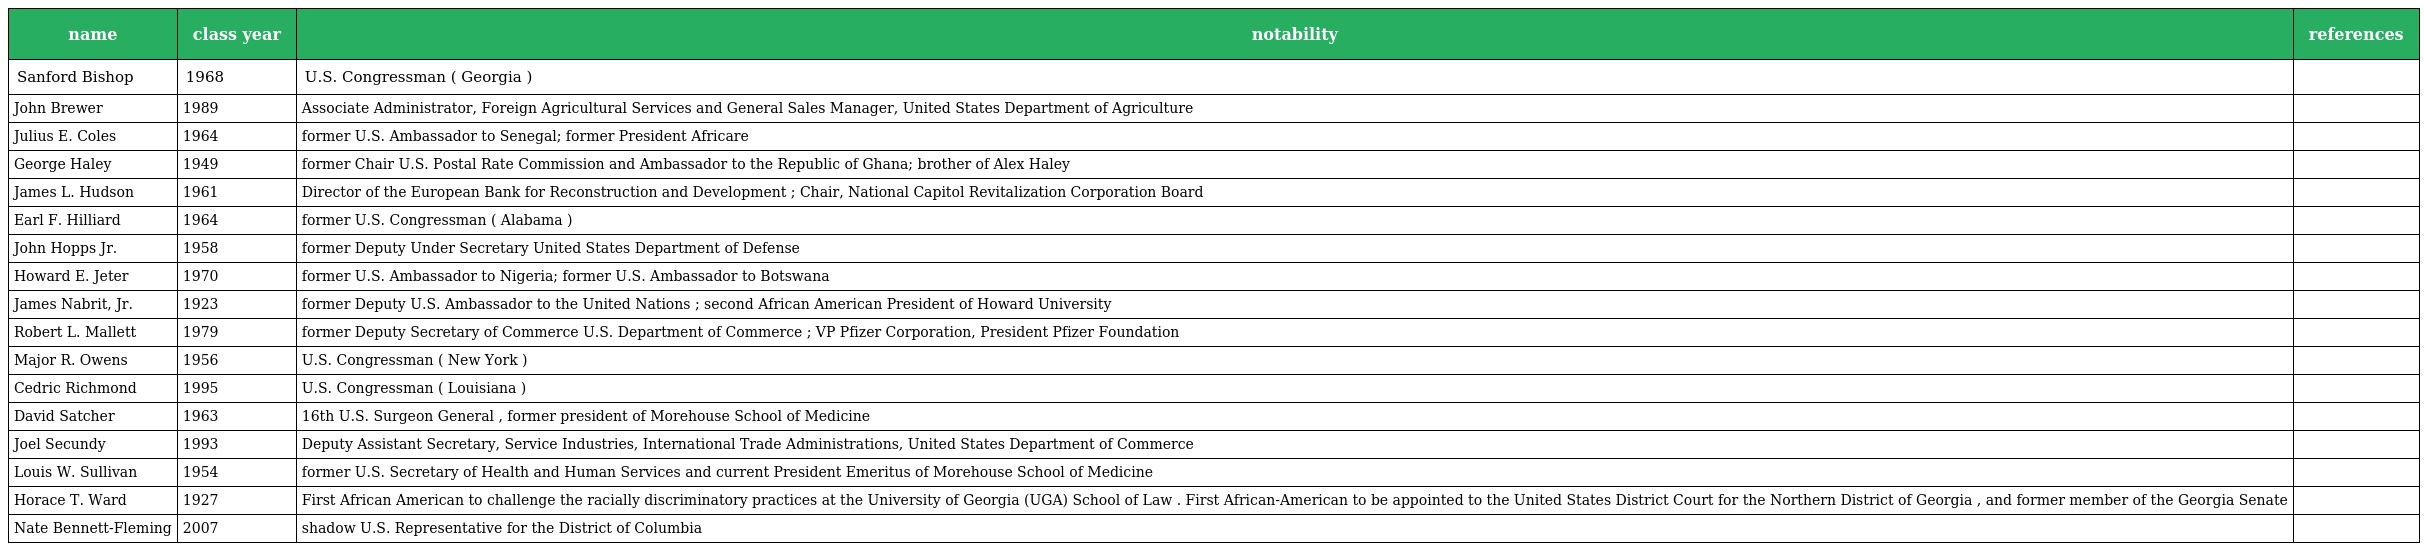
| name | class year | notability | references |
 | --- | --- | --- | --- |
 | Sanford Bishop | 1968 | U.S. Congressman ( Georgia ) |  |
 | John Brewer | 1989 | Associate Administrator, Foreign Agricultural Services and General Sales Manager, United States Department of Agriculture |  |
 | Julius E. Coles | 1964 | former U.S. Ambassador to Senegal; former President Africare |  |
 | George Haley | 1949 | former Chair U.S. Postal Rate Commission and Ambassador to the Republic of Ghana; brother of Alex Haley |  |
 | James L. Hudson | 1961 | Director of the European Bank for Reconstruction and Development ; Chair, National Capitol Revitalization Corporation Board |  |
 | Earl F. Hilliard | 1964 | former U.S. Congressman ( Alabama ) |  |
 | John Hopps Jr. | 1958 | former Deputy Under Secretary United States Department of Defense |  |
 | Howard E. Jeter | 1970 | former U.S. Ambassador to Nigeria; former U.S. Ambassador to Botswana |  |
 | James Nabrit, Jr. | 1923 | former Deputy U.S. Ambassador to the United Nations ; second African American President of Howard University |  |
 | Robert L. Mallett | 1979 | former Deputy Secretary of Commerce U.S. Department of Commerce ; VP Pfizer Corporation, President Pfizer Foundation |  |
 | Major R. Owens | 1956 | U.S. Congressman ( New York ) |  |
 | Cedric Richmond | 1995 | U.S. Congressman ( Louisiana ) |  |
 | David Satcher | 1963 | 16th U.S. Surgeon General , former president of Morehouse School of Medicine |  |
 | Joel Secundy | 1993 | Deputy Assistant Secretary, Service Industries, International Trade Administrations, United States Department of Commerce |  |
 | Louis W. Sullivan | 1954 | former U.S. Secretary of Health and Human Services and current President Emeritus of Morehouse School of Medicine |  |
 | Horace T. Ward | 1927 | First African American to challenge the racially discriminatory practices at the University of Georgia (UGA) School of Law . First African-American to be appointed to the United States District Court for the Northern District of Georgia , and former member of the Georgia Senate |  |
 | Nate Bennett-Fleming | 2007 | shadow U.S. Representative for the District of Columbia |  |